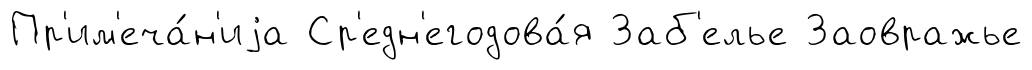
Пр'им'еча́н'иjа Ср'едн'егодова́я Заб'елье Заовражье